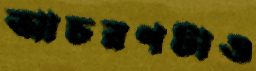
আচরণটাও